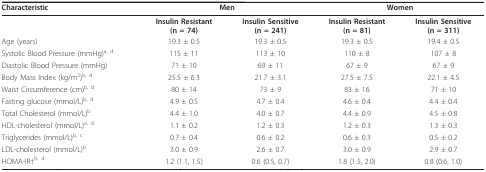
| Characteristic | <COLSPAN=2> Men | <COLSPAN=2> Women |
 | --- | --- | --- | --- | --- |
 |  | Insulin Resistant(n = 74) | Insulin Sensitive(n = 241) | Insulin Resistant(n = 81) | Insulin Sensitive(n = 311) |
 | Age (years) | 19.3 ± 0.5 | 19.3 ± 0.5 | 19.3 ± 0.5 | 19.4 ± 0.5 |
 | Systolic Blood Pressure (mmHg)a, d | 115 ± 11 | 113 ± 10 | 110 ± 8 | 107 ± 8 |
 | Diastolic Blood Pressure (mmHg) | 71 ± 10 | 69 ± 11 | 67 ± 9 | 67 ± 9 |
 | Body Mass Index (kg/m2)b, d | 25.5 ± 6.3 | 21.7 ± 3.1 | 27.5 ± 7.5 | 22.1 ± 4.5 |
 | Waist Circumference (cm)b, d | 80 ± 14 | 73 ± 9 | 83 ± 16 | 71 ± 10 |
 | Fasting glucose (mmol/L)b, d | 4.9 ± 0.5 | 4.7 ± 0.4 | 4.6 ± 0.4 | 4.4 ± 0.4 |
 | Total Cholesterol (mmol/L)b | 4.4 ± 1.0 | 4.0 ± 0.7 | 4.4 ± 0.9 | 4.5 ± 0.8 |
 | HDL-cholesterol (mmol/L)a, d | 1.1 ± 0.2 | 1.2 ± 0.3 | 1.2 ± 0.3 | 1.3 ± 0.3 |
 | Triglycerides (mmol/L)b, c | 0.7 ± 0.4 | 0.6 ± 0.2 | 0.6 ± 0.3 | 0.5 ± 0.2 |
 | LDL-cholesterol (mmol/L)b | 3.0 ± 0.9 | 2.6 ± 0.7 | 3.0 ± 0.9 | 2.9 ± 0.7 |
 | HOMA-IR†b, d | 1.2 (1.1, 1.5) | 0.6 (0.5, 0.7) | 1.8 (1.5, 2.0) | 0.8 (0.6, 1.0) |